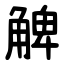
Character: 䚜